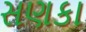
સણકા